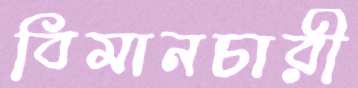
বিমানচারী